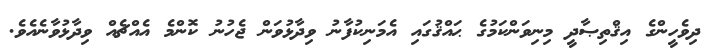
ދިވެހީންގެ އިޤްތިޞާދީ މިނިވަންކަމުގެ ޙައްޤުގައި އެމަނިކުފާނު ވިދާޅުވަން ޖެހުނު ކޮންމެ އެއްޗެއް ވިދާޅުވާނެއެވެ.